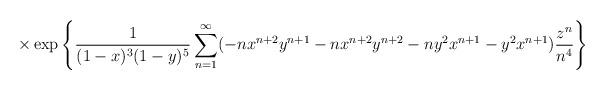
LaTeX: \begin{align*} \times \exp\left\{ \frac{1}{(1-x)^3(1-y)^5} \sum_{n=1}^{\infty} (-nx^{n+2}y^{n+1}-nx^{n+2}y^{n+2}-ny^2x^{n+1}-y^2x^{n+1}) \frac{z^n}{n^4} \right\}\end{align*}